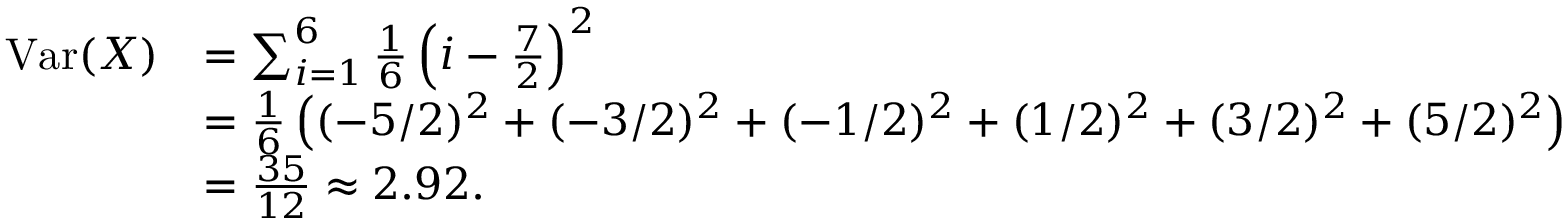
{ \begin{array} { r l } { \operatorname { V a r } ( X ) } & { = \sum _ { i = 1 } ^ { 6 } { \frac { 1 } { 6 } } \left( i - { \frac { 7 } { 2 } } \right) ^ { 2 } } \\ & { = { \frac { 1 } { 6 } } \left( ( - 5 / 2 ) ^ { 2 } + ( - 3 / 2 ) ^ { 2 } + ( - 1 / 2 ) ^ { 2 } + ( 1 / 2 ) ^ { 2 } + ( 3 / 2 ) ^ { 2 } + ( 5 / 2 ) ^ { 2 } \right) } \\ & { = { \frac { 3 5 } { 1 2 } } \approx 2 . 9 2 . } \end{array} }